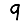
Digit: 9